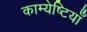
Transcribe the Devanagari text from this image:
काम्येष्टियाँ